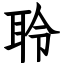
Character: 聆